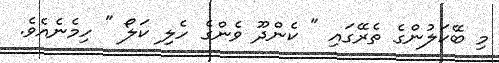
މި ބޭކަލުންގެ ތެރޭގައި " ކެންދޫ ވެންގެ ހެލި ކަލޯ " ހިމެނެއެވެ.